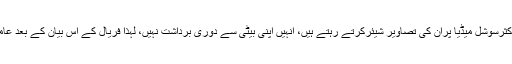
عامر خان اپنی بیٹی سے بے انتہا محبت کرتے ہیں اوراکثرسوشل میڈیا پران کی تصاویر شیئرکرتے رہتے ہیں، انہیں اپنی بیٹی سے دوری برداشت نہیں، لہذا فریال کے اس بیان کے بعد عامرکو طلاق کے معاملے پرایک بار پھر سوچنا پڑے گا۔